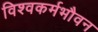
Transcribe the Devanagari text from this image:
विश्वकर्मभौवन